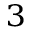
_ 3